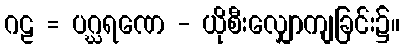
ဂဠ = ပဂ္ဃရဏေ - ယိုစီးလျှောကျခြင်း၌။